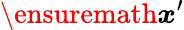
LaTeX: \ensuremath{\boldsymbol{x}}^{\prime}